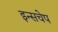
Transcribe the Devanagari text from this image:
इन्सचेप